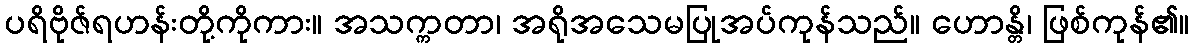
ပရိဗိုဇ်ရဟန်းတို့ကိုကား။ အသက္ကတာ၊ အရိုအသေမပြုအပ်ကုန်သည်။ ဟောန္တိ၊ ဖြစ်ကုန်၏။